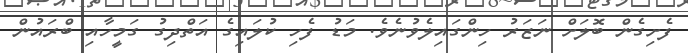
ފެށިގެން ބޮލަށް ނަޒަރު ހިންގައިލެވުނެވެ. މަޑު ފެހި ކުލައިގެ އަތްދިގު ގަމީހާއި ބްރައުން